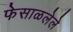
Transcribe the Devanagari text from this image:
फेसाळलेले